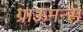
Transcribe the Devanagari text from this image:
ग्राऊमन्स